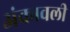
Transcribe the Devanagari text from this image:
अंकावली